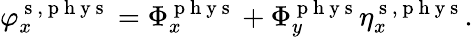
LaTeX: \varphi_{x}^{\mathrm{~s~},\mathrm{~p~h~y~s~}}=\Phi_{x}^{\mathrm{~p~h~y~s~}}+\Phi_{y}^{\mathrm{~p~h~y~s~}}\eta_{x}^{\mathrm{~s~},\mathrm{~p~h~y~s~}}.